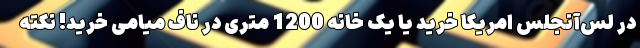
در لس‌آنجلس امریکا خرید یا یک خانه 1200 متری در ناف میامی خرید! نکته